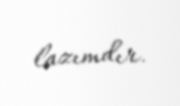
lazımdır.